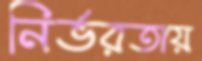
নির্ভরতায়